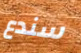
سندع